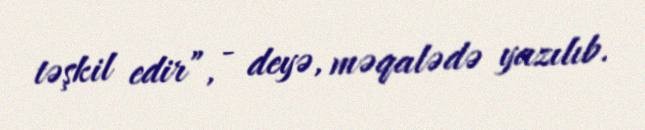
təşkil edir”, - deyə, məqalədə yazılıb.